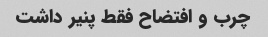
چرب و افتضاح فقط پنیر داشت